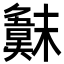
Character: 𣝖